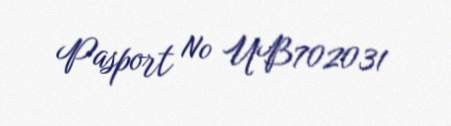
Pasport № UB702031